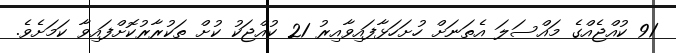
91 ކުއްޖެއްގެ މައްސަލަ އެތަނަށް ހުށަހަޅާފައިވާއިރު 21 ކުއްޖަކު ކުށް ތަކުރާރުކޮށްފައިވާ ކަމަށެވެ.